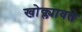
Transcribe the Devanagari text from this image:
खोक्ल्यावते